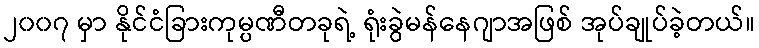
၂၀၀၇ မှာ နိုင်ငံခြားကုမ္ပဏီတခုရဲ့ ရုံးခွဲမန်နေဂျာအဖြစ် အုပ်ချုပ်ခဲ့တယ်။